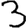
Digit: 3